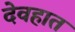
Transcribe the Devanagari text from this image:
देवहात